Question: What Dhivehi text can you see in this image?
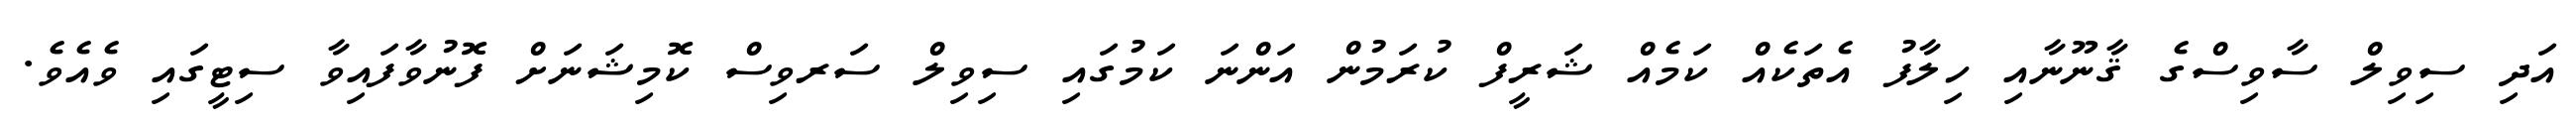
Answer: އަދި ސިވިލް ސާވިސްގެ ޤާނޫނާއި ހިލާފު އެތަކެއް ކަމެއް ޝަރީފް ކުރަމުން އަންނަ ކަމުގައި ސިވިލް ސަރވިސް ކޮމިޝަނަށް ފޮނުވާފައިވާ ސިޓީގައި ވެއެވެ.